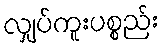
လျှပ်ကူးပစ္စည်း